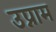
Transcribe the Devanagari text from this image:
उप्नाम